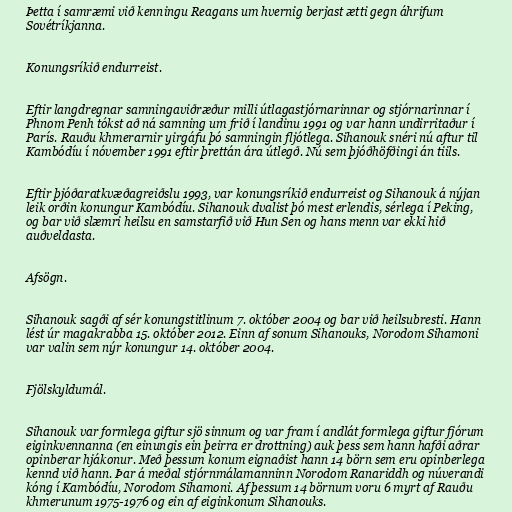
Þetta í samræmi við kenningu Reagans um hvernig berjast ætti gegn áhrifum
Sovétríkjanna.

Konungsríkið endurreist.

Eftir langdregnar samningaviðræður milli útlagastjórnarinnar og stjórnarinnar í
Phnom Penh tókst að ná samning um frið í landinu 1991 og var hann undirritaður í
París. Rauðu khmerarnir yirgáfu þó samningin fljótlega. Sihanouk snéri nú aftur til
Kambódíu í nóvember 1991 eftir þrettán ára útlegð. Nú sem þjóðhöfðingi án tiils.

Eftir þjóðaratkvæðagreiðslu 1993, var konungsríkið endurreist og Sihanouk á nýjan
leik orðin konungur Kambódíu. Sihanouk dvalist þó mest erlendis, sérlega í Peking,
og bar við slæmri heilsu en samstarfið við Hun Sen og hans menn var ekki hið
auðveldasta.

Afsögn.

Sihanouk sagði af sér konungstitlinum 7. október 2004 og bar við heilsubresti. Hann
lést úr magakrabba 15. október 2012. Einn af sonum Sihanouks, Norodom Sihamoni
var valin sem nýr konungur 14. október 2004.

Fjölskyldumál.

Sihanouk var formlega giftur sjö sinnum og var fram í andlát formlega giftur fjórum
eiginkvennanna (en einungis ein þeirra er drottning) auk þess sem hann hafði aðrar
opinberar hjákonur. Með þessum konum eignaðist hann 14 börn sem eru opinberlega
kennd við hann. Þar á meðal stjórnmálamanninn Norodom Ranariddh og núverandi
kóng í Kambódíu, Norodom Sihamoni. Af þessum 14 börnum voru 6 myrt af Rauðu
khmerunum 1975-1976 og ein af eiginkonum Sihanouks.